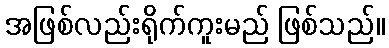
အဖြစ်လည်းရိုက်ကူးမည် ဖြစ်သည်။